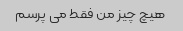
هیچ چیز من فقط می پرسم